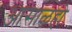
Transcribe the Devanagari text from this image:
आसाळहो